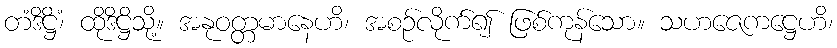
တံဒိဋ္ဌိံ၊ ထိုဒိဋ္ဌိသို့။ အနုဝတ္တမာနေဟိ၊ အစဉ်လိုက်၍ ဖြစ်ကုန်သော။ သဟဇေကဋ္ဌေဟိ၊